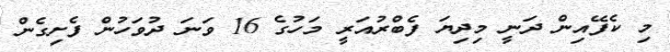
މި ކެފޭއިން ދަނީ މިދިޔަ ފެބްރުއަރީ މަހުގެ 16 ވަނަ ދުވަހުން ފެށިގެން